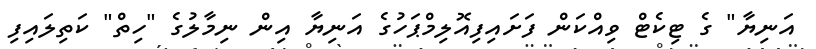
އަނިޔާ" ގެ ޓިކެޓް ވިއްކަން ފަށައިފިއޮލިމްޕަހުގެ އަނިޔާ އިން ނިމާލުގެ "ހިތް" ކަތިލައިފި